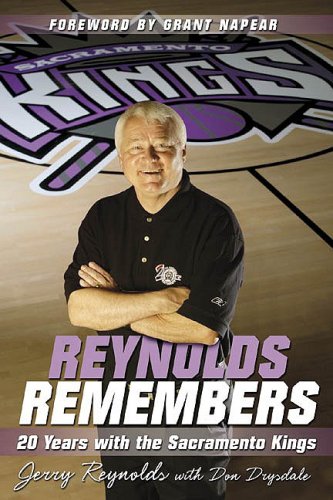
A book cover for Reynolds Remembers:  20 Years with the Sacramento Kings; Jerry Reynolds; Sports & Outdoors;